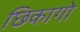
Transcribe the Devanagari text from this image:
छिकागो